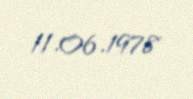
11.06.1978